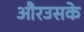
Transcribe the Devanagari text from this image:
औरउसके